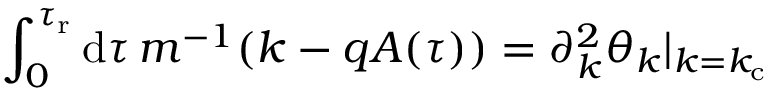
\int _ { 0 } ^ { \tau _ { \mathrm { r } } } \mathrm { d } \tau \, m ^ { - 1 } ( k - q A ( \tau ) ) = \partial _ { k } ^ { 2 } \theta _ { k } \vert _ { k = k _ { \mathrm { c } } }